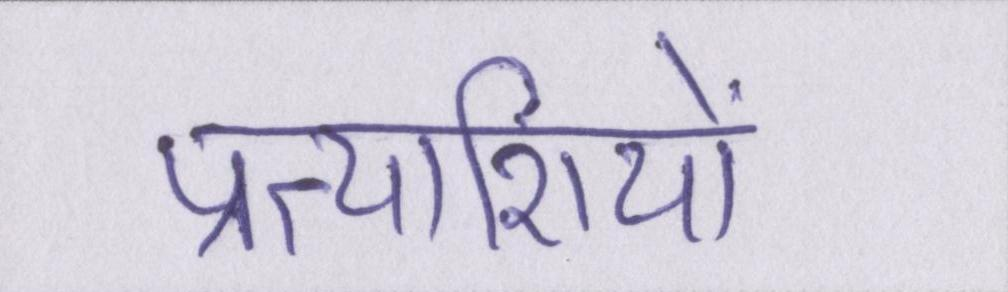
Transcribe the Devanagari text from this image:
प्रत्याशियों